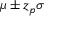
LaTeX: \mu \pm z _ { p } \sigma